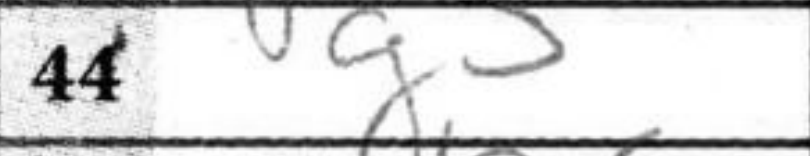
Transcription: g5